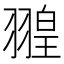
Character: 𦑠